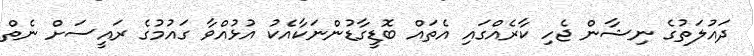
ދައުލަތުގެ ނިޝާން ޖެހި ކާރެއްގައި އެތައް ބޮޑީގާޑުންނަކާއެކު އުޅުއްވާ ގައުމުގެ ރައީސަށް ނެތް